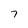
Character: 7